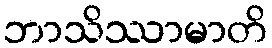
ဘာသိဿာမာတိ